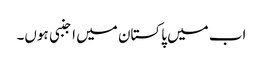
اب میں پاکستان میں اجنبی ہوں۔